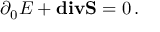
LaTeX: \partial _ { 0 } { \cal E } + { \bf d i v } { \bf S } = 0 \, .